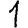
Digit: 1